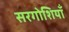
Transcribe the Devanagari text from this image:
सरगोशियाँ